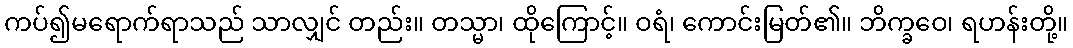
ကပ်၍မရောက်ရာသည် သာလျှင် တည်း။ တသ္မာ၊ ထိုကြောင့်။ ဝရံ၊ ကောင်းမြတ်၏။ ဘိက္ခဝေ၊ ရဟန်းတို့။